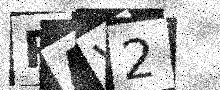
Text: PAV2